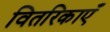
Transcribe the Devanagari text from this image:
वितरिकाएँ